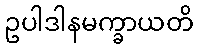
ဥပါဒါနမက္ခာယတိ